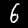
Digit: 6